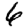
Digit: 6